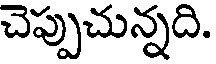
చెప్పుచున్నది.